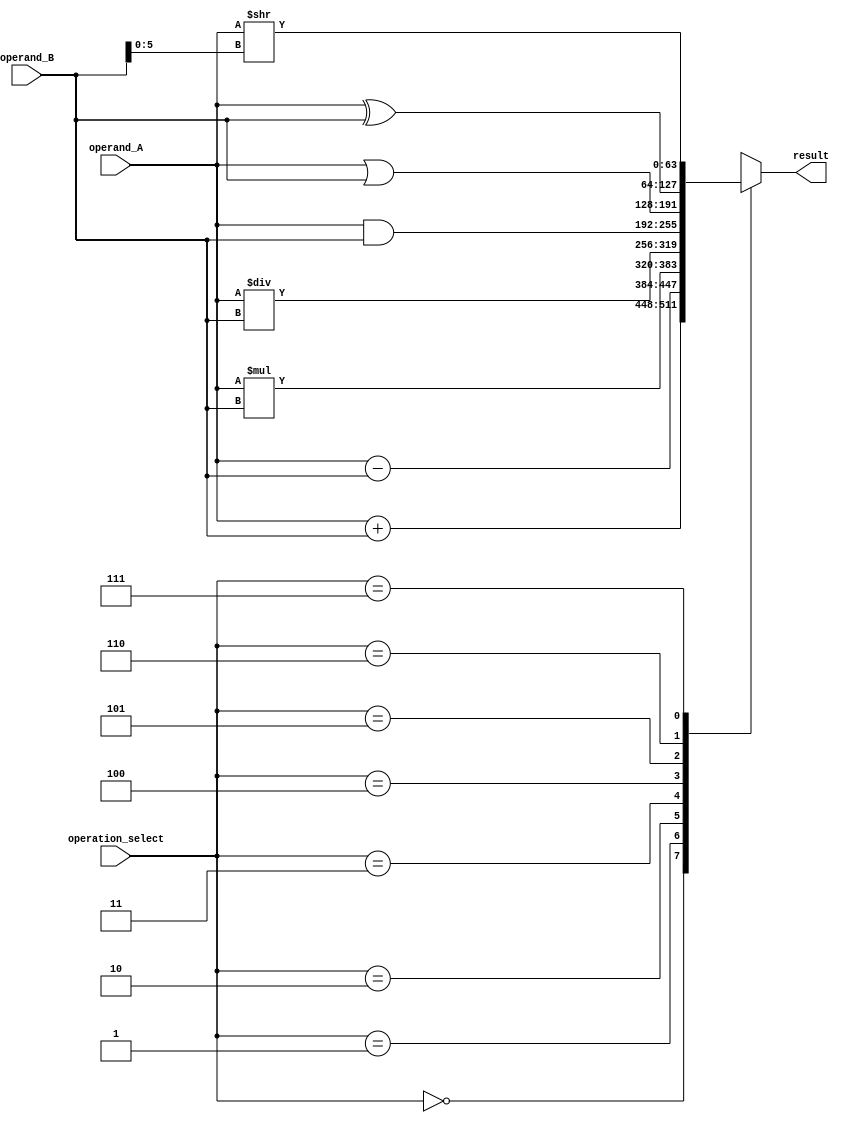
module ALU_64bit (
    input [63:0] operand_A,
    input [63:0] operand_B,
    input [2:0] operation_select,
    output reg [63:0] result
);

always @(*)
begin
    case(operation_select)
        3'b000: result = operand_A + operand_B; // Addition
        3'b001: result = operand_A - operand_B; // Subtraction
        3'b010: result = operand_A * operand_B; // Multiplication
        3'b011: result = operand_A / operand_B; // Division
        3'b100: result = operand_A & operand_B; // Bitwise AND
        3'b101: result = operand_A | operand_B; // Bitwise OR
        3'b110: result = operand_A ^ operand_B; // Bitwise XOR
        3'b111: result = operand_A >> operand_B[5:0]; // Bitwise shift right
    endcase
end

endmodule